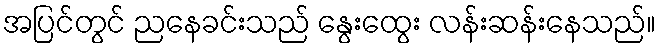
အပြင်တွင် ညနေခင်းသည် နွေးထွေး လန်းဆန်းနေသည်။